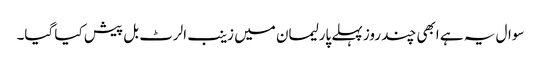
سوال یہ ہے ابھی چند روز پہلے پارلیمان میں زینب الرٹ بل پیش کیا گیا۔